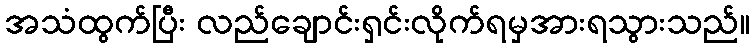
အသံထွက်ပြီး လည်ချောင်းရှင်းလိုက်ရမှအားရသွားသည်။